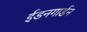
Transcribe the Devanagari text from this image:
ईडनगार्डन